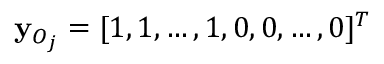
\begin{array} { r } { \mathbf { y } _ { O _ { j } } = [ 1 , 1 , \dots , 1 , 0 , 0 , \dots , 0 ] ^ { T } } \end{array}